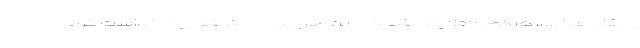
و نقل هوایی، هرگونه افزایش قیمت بلیت هواپیما را متوقف و درخواست کرد